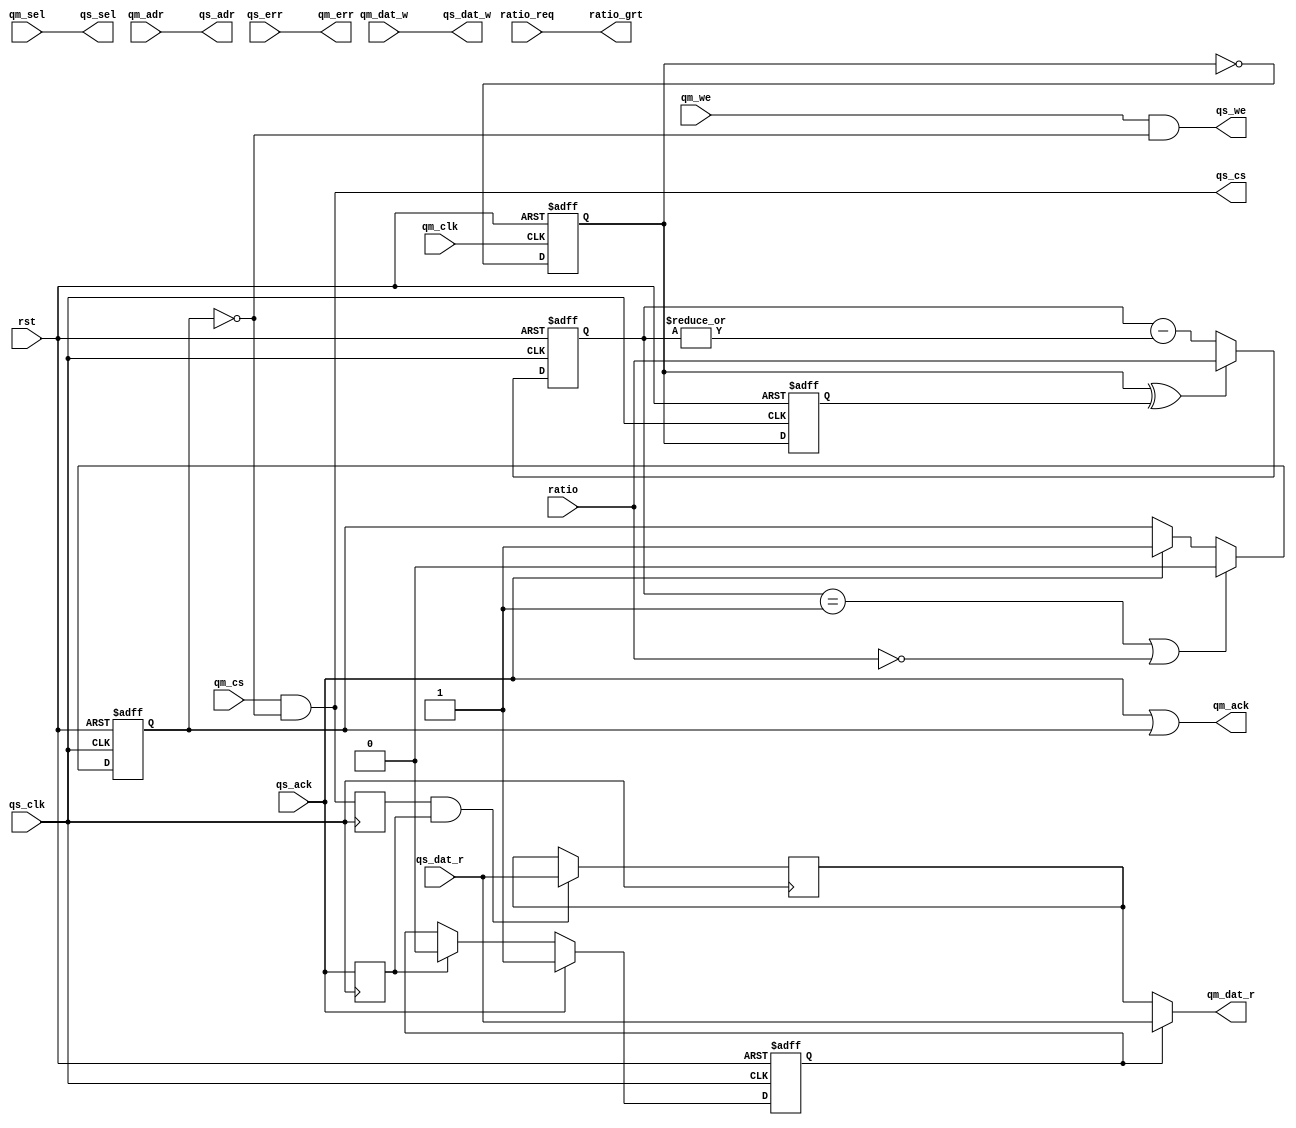
/**************************************/
/* qmem_freq_up.v                     */
/*                                    */
/* QMEM frequency change              */
/* allows master to run at slower     */
/* (or equal) synchronous clock       */
/*                                    */
/* 2010, rok.krajnc@gmail.com         */
/**************************************/


module qmem_freq_up #(
  parameter QAW = 32,               // address width
  parameter QDW = 32,               // data width
  parameter QSW = QDW/8,            // select width
  parameter RW = 3                  // ratio width
)(
  // system
  input  wire           qm_clk,     // 1x clock
  input  wire           qs_clk,     // 1x or nx clock
  input  wire           rst,        // reset
  // clock configuration
  input  wire  [RW-1:0] ratio,      // qm_clk / qs_clk ratio (1:1 = 0)
  input  wire           ratio_req,  // ratio change request
  output wire           ratio_grt,  // ratio change grant
  // input qmem port
  input  wire           qm_cs,      // chip-select
  input  wire           qm_we,      // write enable
  input  wire [QSW-1:0] qm_sel,     // byte select
  input  wire [QAW-1:0] qm_adr,     // address
  input  wire [QDW-1:0] qm_dat_w,   // write data
  output wire [QDW-1:0] qm_dat_r,   // read data
  output wire           qm_ack,     // acknowledge
  output wire           qm_err,     // error
  // output qmem port
  output wire           qs_cs,      // chip-select
  output wire           qs_we,      // write enable
  output wire [QSW-1:0] qs_sel,     // byte select
  output wire [QAW-1:0] qs_adr,     // address
  output wire [QDW-1:0] qs_dat_w,   // write data
  input  wire [QDW-1:0] qs_dat_r,   // read data
  input  wire           qs_ack,     // acknowledge
  input  wire           qs_err      // error
);


/* local signals */

reg            qm_toggle;
reg            qs_toggle;
reg   [RW-1:0] qs_toggle_cnt;
wire           clk_posedge;

reg            ack_d;
reg            cs_d;
reg  [QDW-1:0] dat_d;

reg   [RW-1:0] ratio_d;
wire           ratio_changed;
reg            ratio_changed_d;

reg            cycle_delay;
reg            ack_delay;

reg            dat_loc;


/* implementation */

// TODO
assign qm_err = qs_err;
assign ratio_grt = ratio_req;

// qm_clk toggle
always @ (posedge qm_clk, posedge rst)
if (rst)  qm_toggle <= #1 1'b0;
else      qm_toggle <= #1 !qm_toggle;

// qs_clk toggle
always @ (posedge qs_clk, posedge rst)
if (rst)  qs_toggle <= #1 1'b0;
else      qs_toggle <= #1 qm_toggle;

// qs_toggle_cnt
always @ (posedge qs_clk, posedge rst)
if (rst)                      qs_toggle_cnt <= #1 {RW{1'b0}};
else begin
  if (qm_toggle ^ qs_toggle)  qs_toggle_cnt <= #1 ratio;
  else                        qs_toggle_cnt <= #1 qs_toggle_cnt - |qs_toggle_cnt;
end

// clk_posedge
assign clk_posedge = (qs_toggle_cnt == 3'b001) | (ratio == 'd0);

// delayed signals
always @ (posedge qs_clk)
begin
  ack_d   <= #1 qs_ack;
  cs_d    <= #1 qs_cs;
  ratio_d <= #1 ratio;
end

// ratio changed
always @ (posedge qs_clk, posedge rst)
if (rst)    ratio_changed_d <= #1 1'b0;
else begin
  if (clk_posedge)         ratio_changed_d <= #1 1'b0;
  else if (ratio_changed)  ratio_changed_d <= #1 1'b1;
end

assign ratio_changed = ratio_changed_d || (ratio != ratio_d);

// data register
always @ (posedge qs_clk)
if (cs_d & ack_d)  dat_d <= #1 qs_dat_r;

always @ (posedge qs_clk, posedge rst)
if (rst)           dat_loc <= #1 1'b1;
else begin
  if (qs_ack)      dat_loc <= #1 1'b1;
  else if (ack_d)  dat_loc <= #1 1'b0;
end

// delay signals
always @ (posedge qs_clk, posedge rst)
if (rst)            ack_delay <= #1 1'b0;
else begin
  if (clk_posedge)  ack_delay <= #1 1'b0;
  else if (qs_ack)  ack_delay <= #1 1'b1;
end

always @ (posedge qm_clk, posedge rst)
if (rst)                             cycle_delay <= #1 1'b0;
else begin
  if (cycle_delay)                   cycle_delay <= #1 1'b0;
  else if (qm_cs & qm_ack & ~qm_we)  cycle_delay <= #1 1'b1;
  else                               cycle_delay <= #1 1'b0;
end


// outputs - input side
assign qm_dat_r = (dat_loc) ? qs_dat_r : dat_d; // !
assign qm_ack   = (qs_ack | ack_delay);

// outputs - output side
assign qs_we    = qm_we & ~(ack_delay);
assign qs_cs    = qm_cs & ~(ack_delay);
assign qs_sel   = qm_sel;
assign qs_adr   = qm_adr;
assign qs_dat_w = qm_dat_w;


endmodule